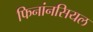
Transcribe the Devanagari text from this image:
फिनांनसियल